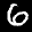
Label: 6